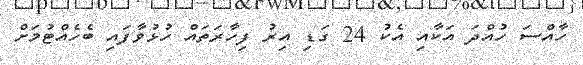
ހާއްސަ ހުއްދަ އަކާއި އެކު 24 ގަޑި އިރު ފިހާރަތައް ހުޅުވާފައި ބެހެއްޓުމަށް